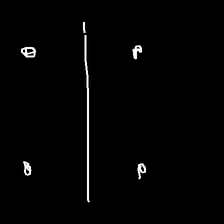
Glyph: cool